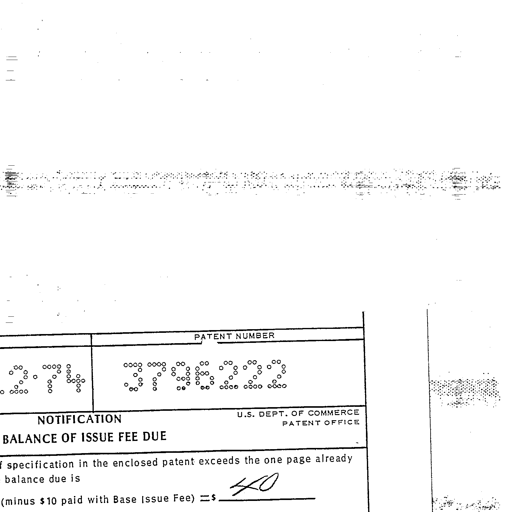
Transcript:
PATENT NUMBER
3796222
NOTIFICATION
U.S. DEPT. OF COMMERCE
PATENT OFFICE
BALANCE OF ISSUE FEE DUE
specification in the enclosed patent exceeds the one page already
balance due is
(minus $ 10 paid with Base Issue Fee) =$ 40